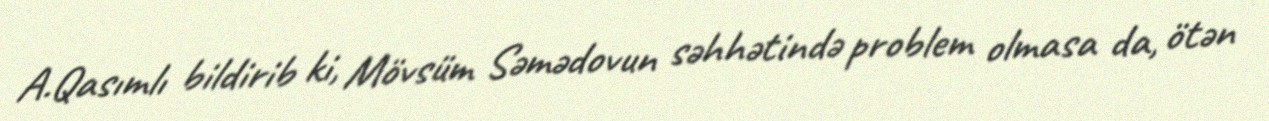
A.Qasımlı bildirib ki, Mövsüm Səmədovun səhhətində problem olmasa da, ötən